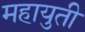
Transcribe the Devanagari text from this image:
महायुती